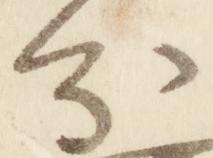
分